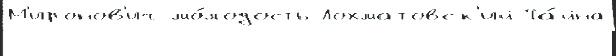
М'иронов'ич мо́лодость Лохматовск'ий Та́йна